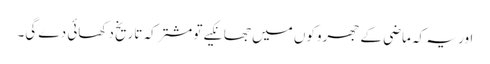
اور یہ کہ ماضی کے جھروکوں میں جھانکیے تو مشترکہ تاریخ دکھائی دے گی۔